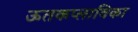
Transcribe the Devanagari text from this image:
ऊतकप्लाविका